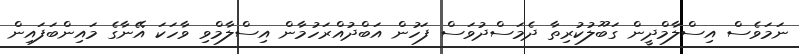
ނަމަވެސް އިސްލާމްދީން ގަބޫލުކުރިތާ ދެމަސްދުވަސް ފަހުން އަބްދުއްރަހުމާން އިސްލާމްވި ވާހަކަ އޭނާގެ މައިންބަފައިން